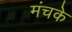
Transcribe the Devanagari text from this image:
मंचके